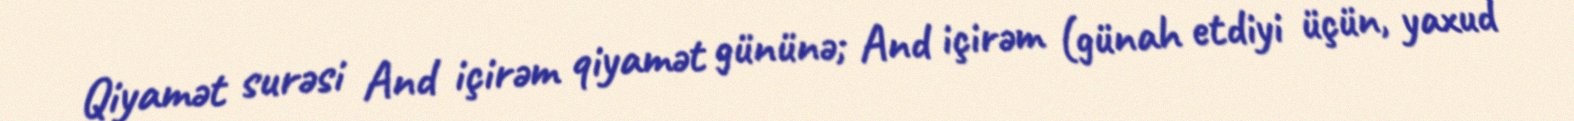
Qiyamət surəsi And içirəm qiyamət gününə; And içirəm (günah etdiyi üçün, yaxud